画像に写った文字を読んでください
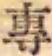
「專」と書いてあります